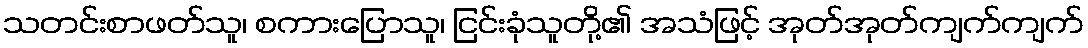
သတင်းစာဖတ်သူ၊ စကားပြောသူ၊ ငြင်းခုံသူတို့၏ အသံဖြင့် အုတ်အုတ်ကျက်ကျက်